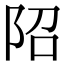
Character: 䧂